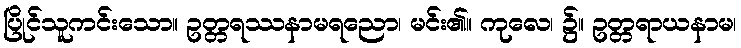
ပြိုင်သူကင်းသော။ ဥတ္တရဿနာမရညော၊ မင်း၏။ ကုလေ၊ ၌။ ဥတ္တရာယနာမ၊